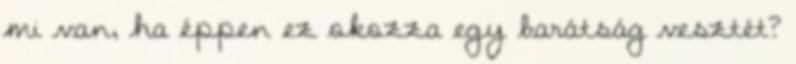
mi van, ha éppen ez okozza egy barátság vesztét?